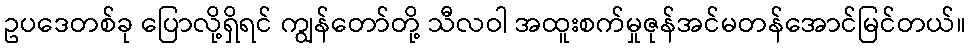
ဥပဒေတစ်ခု ပြောလို့ရှိရင် ကျွန်တော်တို့ သီလဝါ အထူးစက်မှုဇုန်အင်မတန်အောင်မြင်တယ်။